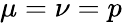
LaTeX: \mu=\nu=p